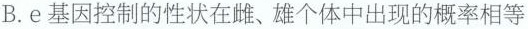
B.e基因控制的性状在雌、雄个体中出现的概率相等